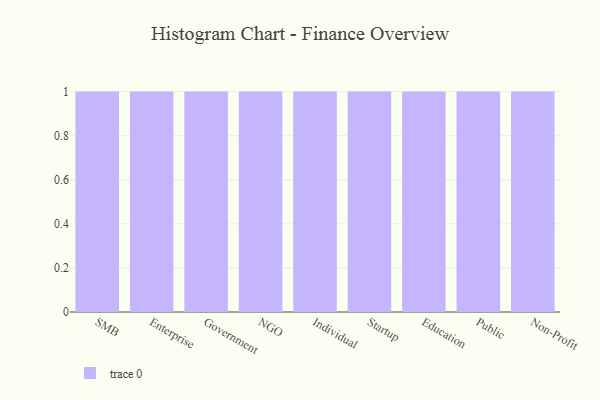
{"axis": {"x": "Segment", "y": "Bounce Rate (%)"}, "legend": [""], "data": [{"x": "SMB", "y": 16, "type": ""}, {"x": "Enterprise", "y": 5, "type": ""}, {"x": "Government", "y": 40, "type": ""}, {"x": "NGO", "y": 73, "type": ""}, {"x": "Individual", "y": 94, "type": ""}, {"x": "Startup", "y": 3, "type": ""}, {"x": "Education", "y": 21, "type": ""}, {"x": "Public", "y": 23, "type": ""}, {"x": "Non-Profit", "y": 3, "type": ""}]}